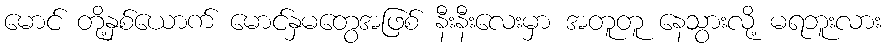
မောင် တို့နှစ်ယောက် မောင်နှမတွေအဖြစ် နီးနီးလေးမှာ အတူတူ နေသွားလို့ မရဘူးလား